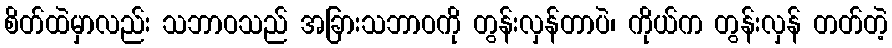
စိတ်ထဲမှာလည်း သဘာဝသည် အခြားသဘာဝကို တွန်းလှန်တာပဲ၊ ကိုယ်က တွန်းလှန် တတ်တဲ့